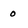
Character: 0